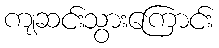
ကျဆင်းသွားကြောင်း